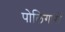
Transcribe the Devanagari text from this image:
पोलिगारों